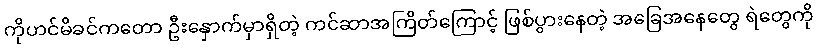
ကိုဟင်မိခင်ကတော ဦးနှောက်မှာရှိတဲ့ ကင်ဆာအကြိတ်ကြောင့် ဖြစ်ပွားနေတဲ့ အခြေအနေတွေ ရဲတွေကို